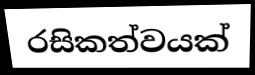
රසිකත්වයක්